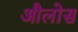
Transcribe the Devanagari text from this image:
औलोस